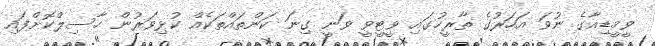
ވީމީޑިއާގެ ނުވަ އަހަރުގެ ތާރީހުގައި ވީޓީވީ ވަނީ ގިނަ ކަންތައްތަކެއް ކުޅިވަރުން ހާސިލްކޮށްފައި